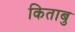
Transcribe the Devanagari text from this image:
किताबु